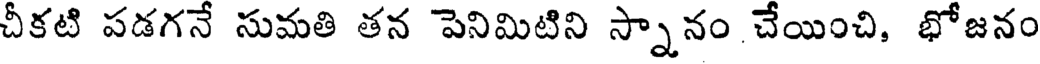
చీకటి పడగనే సుమతి తన పెనిమిటిని స్నానం చేయించి, భోజనం